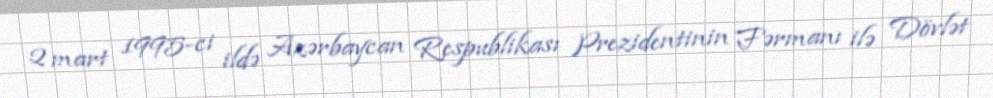
2 mart 1995-ci ildə Azərbaycan Respublikası Prezidentinin Fərmanı ilə Dövlət